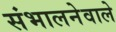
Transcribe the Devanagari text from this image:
संभालनेवाले